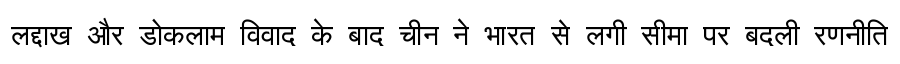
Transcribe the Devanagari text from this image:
लद्दाख और डोकलाम विवाद के बाद चीन ने भारत से लगी सीमा पर बदली रणनीति